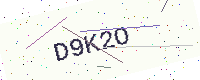
Text: D9K2O